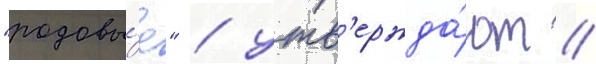
"родовы́е" / утв'ержда́ют /